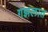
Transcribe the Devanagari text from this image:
गझलात